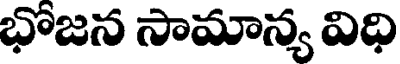
భోజన సామాన్య విధి